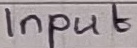
Text: Input